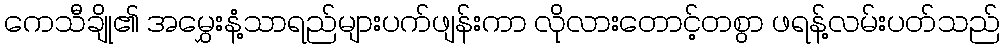
ကေသီချို၏ အမွှေးနံ့သာရည်များပက်ဖျန်းကာ လိုလားတောင့်တစွာ ဖရန့်လမ်းပတ်သည်